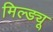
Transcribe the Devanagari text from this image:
मिल्ड्यू